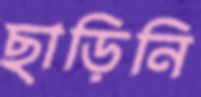
ছাড়িনি